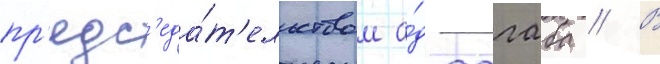
пр'едс'еда́т'ельством а́д-дагаба // В